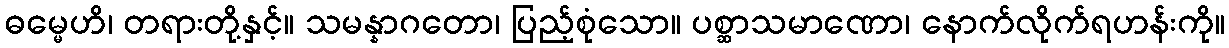
ဓမ္မေဟိ၊ တရားတို့နှင့်။ သမန္နာဂတော၊ ပြည့်စုံသော။ ပစ္ဆာသမာဏော၊ နောက်လိုက်ရဟန်းကို။